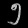
Digit: ၅